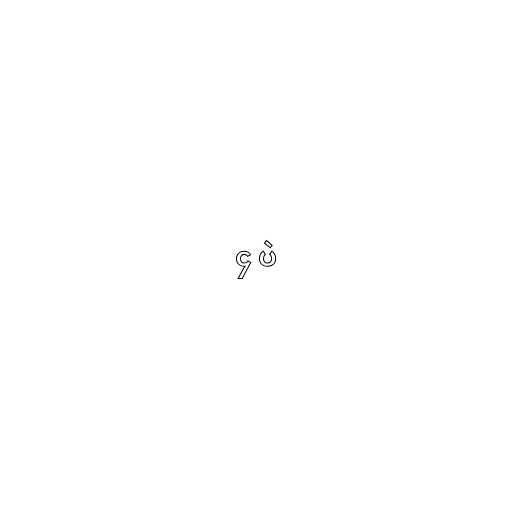
၄ ပဲ